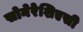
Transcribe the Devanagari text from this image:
सोनेरेशिएसी